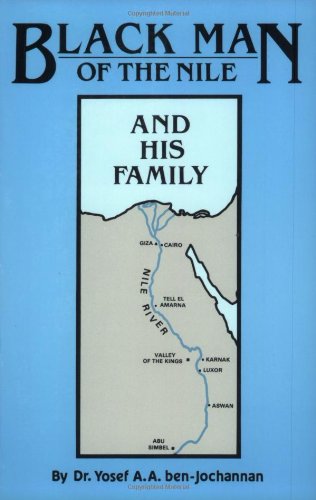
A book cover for Black Man of the Nile; Yosef ben-Jochannan; History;